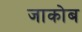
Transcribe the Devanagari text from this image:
जाकोब